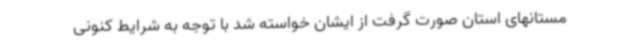
مستانهای استان صورت گرفت از ایشان خواسته شد با توجه به شرایط کنونی